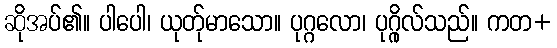
ဆိုအပ်၏။ ပါပေါ၊ ယုတ်ုမာသော။ ပုဂ္ဂလော၊ ပုဂ္ဂိုလ်သည်။ ကတ+